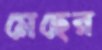
মেহের